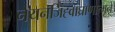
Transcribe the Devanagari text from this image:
नयनजिह्वाघ्राणात्मने